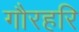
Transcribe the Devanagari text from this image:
गौरहरि